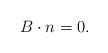
LaTeX: \begin{align*}B\cdot n=0.\end{align*}